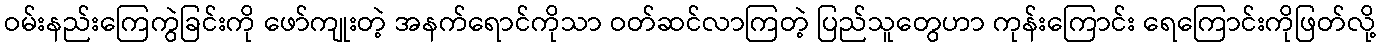
ဝမ်းနည်းကြေကွဲခြင်းကို ဖော်ကျုးတဲ့ အနက်ရောင်ကိုသာ ဝတ်ဆင်လာကြတဲ့ ပြည်သူတွေဟာ ကုန်းကြောင်း ရေကြောင်းကိုဖြတ်လို့